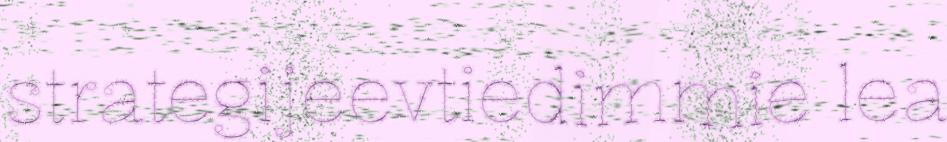
strategijeevtiedimmie lea